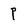
Character: p